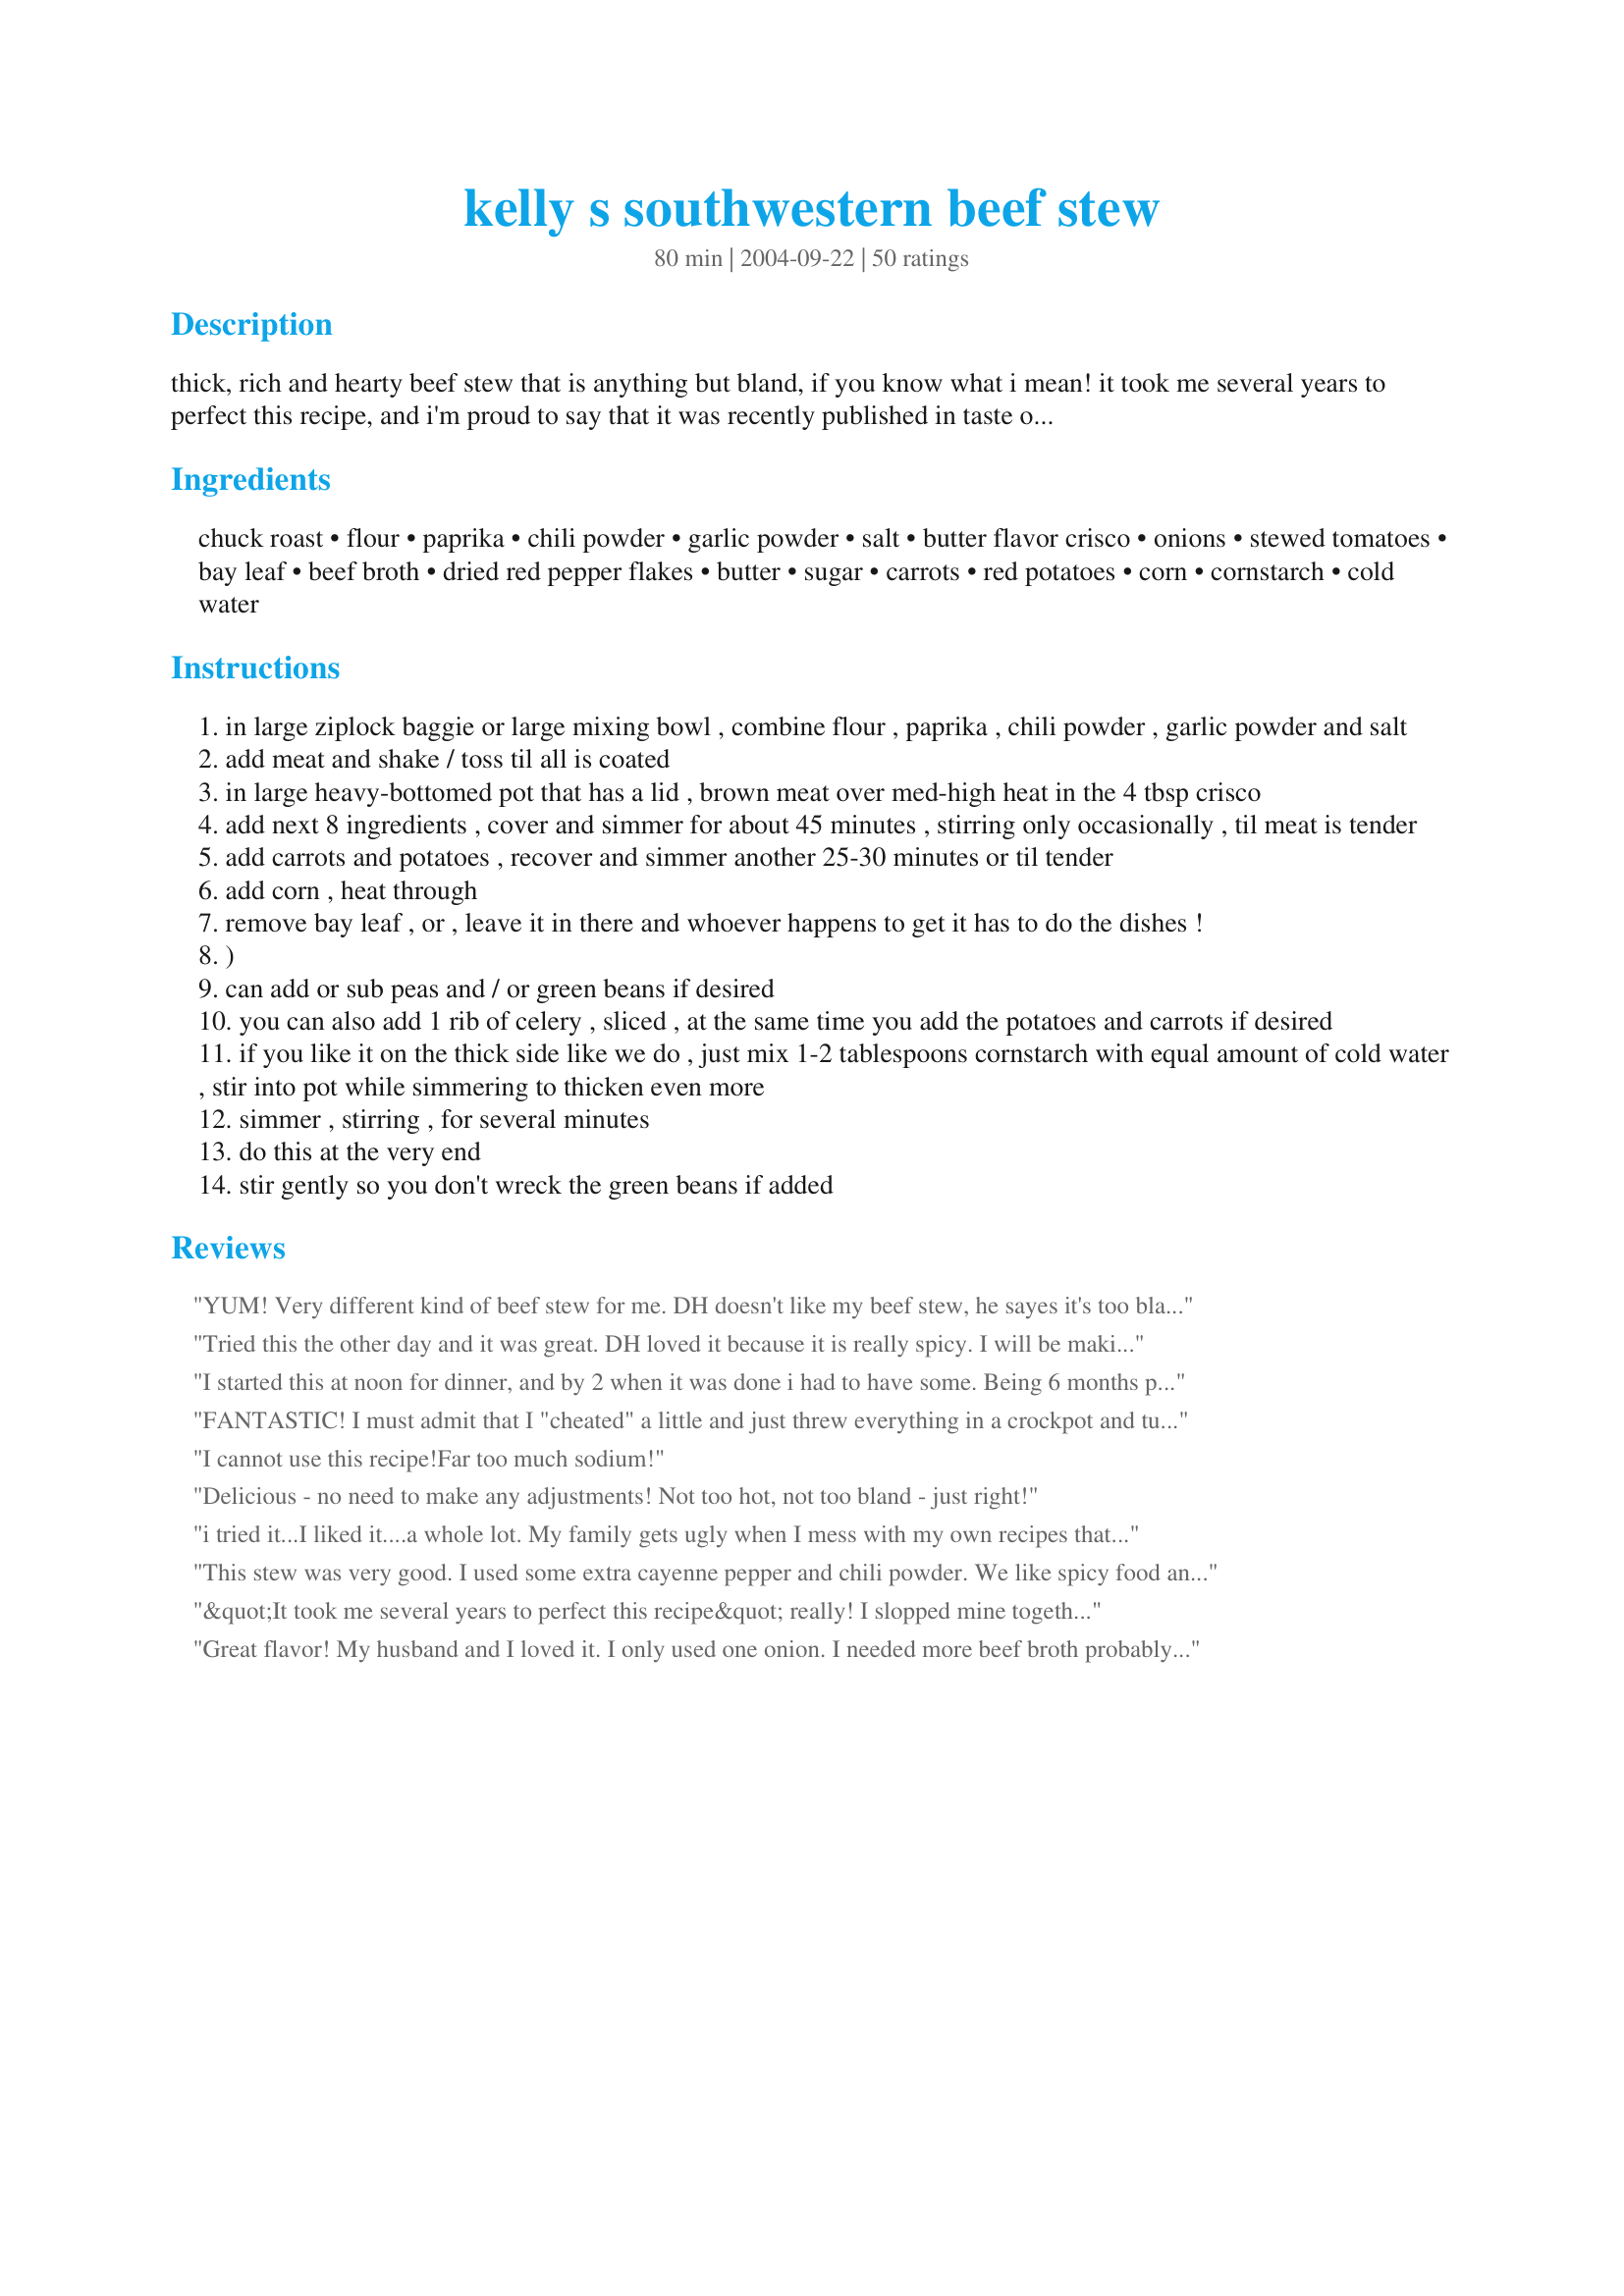
kelly s southwestern beef stew
Preparation time: 80 minutes

thick, rich and hearty beef stew that is anything but bland, if you know what i mean! it took me several years to perfect this recipe, and i'm proud to say that it was recently published in taste of home magazine! i'm a midwest meat and potatoes kind of girl, and always liked beef stew, but it was always just "ok". even people that say they don't care for spicy foods really liked it! hope you try it! enjoy!

Ingredients:
chuck roast, flour, paprika, chili powder, garlic powder, salt, butter flavor crisco, onions, stewed tomatoes, bay leaf, beef broth, dried red pepper flakes, butter, sugar, carrots, red potatoes, corn, cornstarch, cold water

Steps:
in large ziplock baggie or large mixing bowl , combine flour , paprika , chili powder , garlic powder and salt
add meat and shake / toss til all is coated
in large heavy-bottomed pot that has a lid , brown meat over med-high heat in the 4 tbsp crisco
add next 8 ingredients , cover and simmer for about 45 minutes , stirring only occasionally , til meat is tender
add carrots and potatoes , recover and simmer another 25-30 minutes or til tender
add corn , heat through
remove bay leaf , or , leave it in there and whoever happens to get it has to do the dishes !
)
can add or sub peas and / or green beans if desired
you can also add 1 rib of celery , sliced , at the same time you add the potatoes and carrots if desired
if you like it on the thick side like we do , just mix 1-2 tablespoons cornstarch with equal amount of cold water , stir into pot while simmering to thicken even more
simmer , stirring , for several minutes
do this at the very end
stir gently so you don't wreck the green beans if added

Reviews:
YUM! Very different kind of beef stew for me. DH doesn't like my beef stew, he sayes it's too bland, but he said this one was great! I think I stumped my toe when I was measuring the red pepper flakes because it was a little warm to me. I used regular corn and cooked it a little longer than the recipe stated, and added my potatoes the last 20 minutes. I'm so glad to have a beef stew recipe DH likes, Thanks for sharing!
Tried this the other day and it was great. DH loved it because it is really spicy. I will be making this again and again. Will be great with the cold weather on the way. Wonderful.
I started this at noon for dinner, and by 2 when it was done i had to have some. Being 6 months pregnant its hard to find things i want to eat, and i've had 2 bowls of this already. It really has a good flavor. I don't like whole tomatos, so i used a can of tomato sauce (8 oz.), and that worked fine for me. I also didn't use the red pepper flakes, so my 3 year old could have some. Letting it simmer a little longer the sauce thickened perfect without any starch. Hopefully i'll have some left to freeze for my husband so he can taste it when he gets home next week. Thanks for a keeper :)
FANTASTIC! I must admit that I "cheated" a little and just threw everything in a crockpot and turned in on low for 8 hours (did not cook meat first). I also added 2 tbls of cornstarch the last hour to thicken it.
I cannot use this recipe!Far too much sodium!
Delicious - no need to make any adjustments! Not too hot, not too bland - just right!
i tried it...I liked it....a whole lot. My family gets ugly when I mess with my own recipes that they have enjoyed for years. They love my beef stew, but this one is better, a lot more flavorful. Didnt have the crisco so used olive oil and unsalted butter to brown the meat. added can of mexican style corn and a can of green peas.
This stew was very good. I used some extra cayenne pepper and chili powder. We like spicy food and loved this. Thanks!
&quot;It took me several years to perfect this recipe&quot; really! I slopped mine together in 15 minutes and added some Vietnamese corn. It&#039;s a groovin.
Great flavor! My husband and I loved it. I only used one onion. I needed more beef broth probably because I made it in my electric skillet which I think cooks hotter than the stove top. I used frozen corn and frozen green beans. Due to needing more beef broth I did not need the corn starch and it was good and thick. I served it with #26110 (Southern Buttermilk Biscuits). Very yummy dinner! Thank you.
My Gf and I just tried this recipe. It is scrumpdillyicious! Love it! It is just spicy enough to be interesting and just a little sweet. I'm definitely keeping this one in my files for later!
I made this last night wanting something warm as the colder weather is here in NY. Your picture sold me!! I did cut back on the red pepper flakes using 1/8 tsp. because I have one here who doesn't do spicy. I omitted the corn, again due to one not able to eat corn. Next time I will increase the red pepper flakes. We all agreed it needed more spicing up. I will also add the corn to bowls for use who can eat it. Otherwise this is now in the keeper file! Thank you for sharing your recipe! I`ll be making another batch to freeze so I have it on hand and ready to re-heat.
Great spicy flavor and very filling.
I really enjoyed this stew. It's different than what I usually make. I left out the corn and I didn't have the red pepper flakes so I added a couple of tbs. of chipotle salsa at the end. I think I would like it a little spicier tho, so I'll add the pepper to my shopping list.
I have made this stew twice. 1st time I floured and browned the meat, then put it and everything else in the crock pot. 2nd time I just put it all in the crock. I cooked them both on high x1.5hrs and low x5-7hrs and it was EXCELLENT each time. I added the corn starch about an hour before serving each time. I omitted the salt and sugar. I added a can of green chiles, cumin, cayenne pepper, and Mexican oregano. I used low sodium beef broth and 2 cans Trader Joe&#039;s fire roasted tomatoes chopped in the blender first. I didn&#039;t have onions on hand so both times I subbed 2 Tbsp. onion powder. &lt;br/&gt;We LOVE this recipe! It has so much more flavor than my old stew recipe. This is our new &quot;go to&quot; for stew! Thank you Wildfour! :-)
This is the best stew ever.I put this in the pressure cooker for thirty minutes before letting is simmer on low for the rest of the day.deserves more stars....good job and thanks for the recipe.
Here is a great hearty stew with lots of great flavors, and one that my family and I really enjoyed. We sopped up the gravy with Recipe #220639, that we had on the side. We will make this often this winter when the weather is cold and we want something to warm our tummies! Great stew Wildflour!
I wanted to make a good stew for my grandmother who's sick with the cold right now.
This turned out very very good! The meat was really tender and my grandmother loved it! If I could phisically eat the entire pot I would, still have plenty of leftovers for tomorrow YUM!
I didn't have the stewed tomatoes so used fresh ones and added an extra 2 cups water. I substutited the Crisco for olive oil and 2 garlic cloves for the garlic powder. Didn't have pepper flakes so added black pepper and extra pinch of chili powder to compensate. I added a small can of peas, 3/4 cup celery, 1 small can of green beans, and only used one large onion. This is really really good and easy will be making it over and over again. Thank you Wildflour!!
This was pretty good. I did not use all the tomatoes and I had to use chicken broth and put some beef boul. in it. I also put in some wine. really good flavor.
Very tasty. I liked the heat that the chili powder and the red pepper flakes added. I think next time I will cut the meat a little smaller (personal preference) and will cook longer. I found my meat to be a little tough. 
The flavor was great, the smell was amazing. It was the perfect thing for the first snow.
I had about 4 pounds of an inside round roast to use, so I cut this up and doubled the coating ingredients with the exception that I only used about 3 tsp. of salt total.I left the remaining ingredients as written but skipped the extra Tblsp of chili so the kids would eat it. I mistakenly added the vegetables too early so they simmered longer, but it still turned out well.This is a delicious stew and very easy to prepare. Thanks for the recipe.
We all really enjoyed this very much! It tasted wonderful! When I make it again I will cut back on the tomatoes and add a little more beef broth, just personal taste. Thanks peacefulnightdove....
Wow would give you more stars if I could. Made this just like the recipe said. Cooked it low and slow on the stove. YUMMY. Highly recommend this. Husband loved it and then I took it to work and they all loved it. Thanks.
I found this a bit sweet and my husband that eats anything didnt eat the sauce. I did everything by the book and only added 1/4 tsp sugar .He thought I put ketchup in it.I am sorry I wish I could give it a 5
 I made this for ZWT5 for the Cooks with Dirty faces.
Wonderful stew. My prior attempts at stew were not very flavorful and this recipe hit the spot. I had ground beef on hand instead of roast and I used a little less spice (for my daughter's benefit), but it was still great.
Amazing! The most flavorful stew I have ever made. It was just delish and we were fighting over the leftover. Will definitely make again . . . and again . . . and again.
Ok, I had to adjust some things to what I had on hand and didn't have, so this is what I did. I was out of paprika, but other than that I used the spices called for. I coated the beef cubes with cornstarch and spices, and browned them in vegetable oil. I didn't have stewed tomatoes so I used a can of crushed tomatoes, cut the chili powder to about two tsp, left out the bay leaf, never use them. everything else I did as directed. I simmered the beef for about 2 hrs so it would be nice and tender. I also added some frozen green beans I needed to use up along with the other vegetables and used corn starch to thicken and added the corn at the end, It was delicious and a nice change from the usual beef stew. Excellent!
I enjoyed this but left out the pepper flakes since I wasn&#039;t sure the kids would eat it if spicy. I did let it cook for longer than stated to ensure that the beef was tender. I added green beans as well as corn. Thanks for the recipe!
Very good..Thanks for the great recipe. I will be making this one again and again.
Love this recipe and all the flavors! I have made several times now and usually make this in the crock pot. I love to add fresh corn, green beans, tomatoes, onions and potatoes from my garden. This is a great way to use them. Perfect Fall comfort food! Thanks for sharing!
Loved this! Left out the potatoes and served over mashed potatoes. This was so good will definitely make again!
It's edible is about the most positive thing I can say about this stew. I know a lot of people on this site really liked it but neither I nor anyone in my family really cared for the flavor. I won't be make this recipe again. :-(
I found this recipe very versatile as I did not have a few of the ingredients on hand and substituted veggies and added other spices to it. I used 2.5 lb of london broil and followed the cooking times to a T- came out perfect!!! Thankyou ever so much for a keeper!! (This was my first time. making beef stew.)
Fixed this stew for dinner today and was great. I was in the mood for a thick rich tasting stew with kick and this fit the bill. Like many others I put my own twist on some of the ingred. I only used 1 1/2 lbs. of meat and had plenty of meat in stew. Had some fresh mushrooms and put them in instead of carrots. Was plenty thick without cornstarch. Will definitely fix again.
This stew was very good. Thanks for sharing this recipe.
Very good! I used a london broil, that I cubed up. I served it again the next day, and MAN! it was even better!! I think I'd like it with some corn and green beans in it next time!
Great stew. I added celery and a second can of beef broth as well as cornstarch to thicken it up. Very good. Served with rice and sweet cornbread! Thanks
Ten stars! The whole family raved about how good this stew is. I followed the recipe exactly, and it was perfect as written. Just enough spice to be wonderful. It's going in my "Perfection" cookbook.
Very easy to make, and delicious... a great zest of spice. Quicker to "stew" than most stews but tastes better the next day.
I make this almost every week. Beautiful! Only change is that I put the potatoes and carrots in right after the beef and cook all for an hour - all the veg comes out nice and soft and saves a bit of time.
I love this recipe, I used chicken and chicken broth instead of beef and it was delicious!
I've made this a couple of times, even used venison stew meat. I liked it best leaving out the potatoes and serving it over mashed potatoes. Not sure why just do. Great flavor and you can make it as "sparky" as you like adjusting the red pepper flakes. Easy as well. Thanks Wildflour!
My family loved it. I added cumin, curry, and a little chipolte powder to the flour mixture along with some white and black pepper. I sauteed the onions in the leftover oil after browning the meat. I used one can broth and one soup can of V8. After the stew cooked for 45 minutes I added about 1/4 to 1/2 a can of extra broth and a vegetable stew mix that had okra, corn, etc. in it. The stew didn't need to be thickened at all. It was wonderfully rich and had a depth of flavors.
Very tasty. We too cooked this longer for tenderer meat.
my family and i enjoyed this. next time we'll omit the corn..just our preference. thanks for sharing a great stew recipe!
This is a fabulous stew, with quite a kick! I've made this twice in two weeks now and have really enjoyed it both times. I used a beef brisket that I cut into cubes, so I simmered it about 1 1/2 hours in the broth and tomatoes, rather than 45 minutes as stated to make sure it turns out tender. Apart from that I followed the recipe directly and it came out wonderful. Really spicy and flavoursome. The meat was lovely and tender and the veg still had a bit of a bite to them, just how I like it.
This was great! It was very easy to make. Everybody liked it. Thanks for posting! :-)
I really enjoyed this new recipe for beef stew while my husband thought it was too tomato-y. I liked it so much that I'm going to make it agian and cut the tomatoes in half and all more beef broth. Great recipe though that I'm going to try again!! Thanks!!
One of the best stews I have ever had- extremely tasty. Most beef stews seem have red wine- which I do like- but this is a nice spicy change. I browned the meat, then threw everything into the crockpot for 8 hours, and it was amazing.
I made this recipe as shown with minor changes (butter and olive oil instead of crisco). This stew had a nice hint of spice (used 1/4 tsp red pepper flakes and 1/8 tsp cayenne powder). The only future change: simmer the meat longer to make the meat very tender. Otherwise, this is great comfort food. Thanks!
